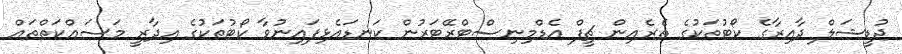
ޖުޑީޝަލް ދާއިރާގެ ކޯޓުތަކުގެ ތެރެއިން ޗީފް އެޑްމިނިސްޓްރޭޓަރުން ކަނޑައެޅިފައިނުވާ ކޯޓުތަކުގެ އިދާރީ މަސައްކަތްތައް